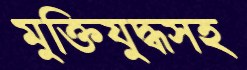
মুক্তিযুদ্ধসহ